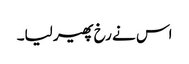
اس نے رخ پھیر لیا۔